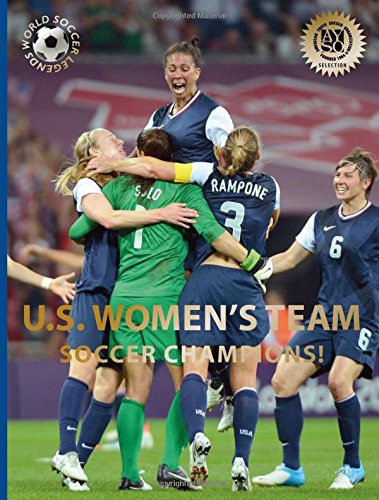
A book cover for U.S. Women's Team (World Soccer Legends); Illugi JÃ¶kulsson; Children's Books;